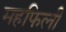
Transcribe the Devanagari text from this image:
महफिली